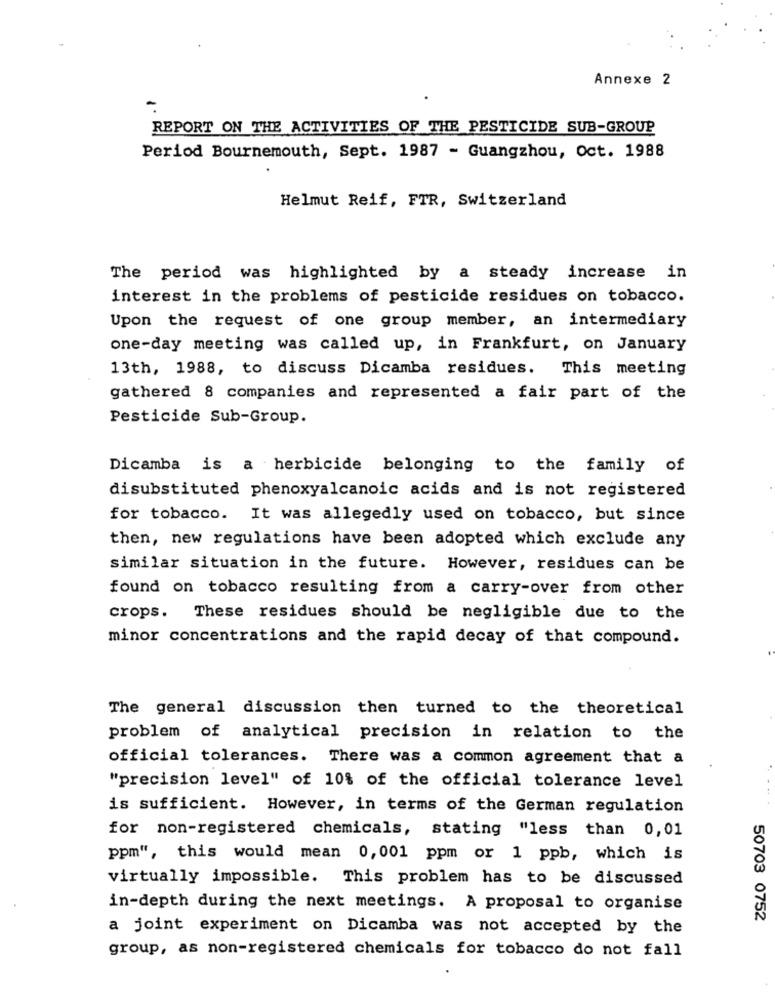
Annexe 2
-
REPORT ON THE ACTIVITIES OF THE PESTICIDE SUB-GROUP
Period Bournemouth, Sept. 1987 - Guangzhou, oct. 1988
Helmut Reif, FTR, Switzerland
The period was highlighted by a steady increase in
interest in the problems of pesticide residues on tobacco.
Upon the request of one group member, an intermediary
one-day meeting was called up, in Frankfurt, on January
13th, 1988, to discuss Dicamba residues.
This meeting
gathered 8 companies and represented a fair part of the
Pesticide Sub-Group.
Dicamba is a herbicide belonging to the family of
disubstituted phenoxyalcanoic acids and is not registered
for tobacco. It was allegedly used on tobacco, but since
then, new regulations have been adopted which exclude any
similar situation in the future. However, residues can be
found on tobacco resulting from a carry-over from other
crops. These residues should be negligible due to the
minor concentrations and the rapid decay of that compound.
The general discussion then turned to the theoretical
problem of analytical precision in relation to the
official tolerances. There was a common agreement that a
"precision level" of 10% of the official tolerance level
is sufficient. However, in terms of the German regulation
for non-registered chemicals, stating "less than 0,01
ppm", this would mean 0,001 ppm or 1 ppb, which is
virtually impossible. This problem has to be discussed
in-depth during the next meetings. A proposal to organise
50703 0752
a joint experiment on Dicamba was not accepted by the
group, as non-registered chemicals for tobacco do not fall